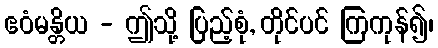
ဧဝံမန္တိယ - ဤသို့ ပြည့်စုံ, တိုင်ပင် ကြကုန်၍၊